Language: tamil
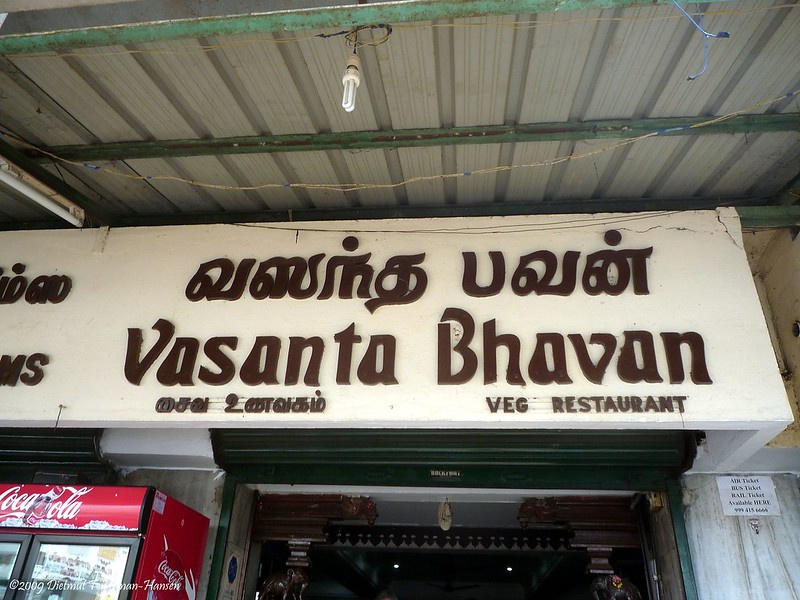
Transcription: வலந்த ஸ பவன் சைவ உணவகம்